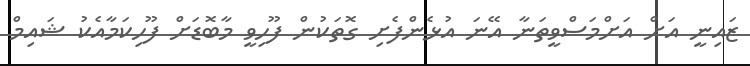
ޒައިނީ އަށް އަށްމަސްވީތަނާ އޭނަ އުޅެންފެށި ގޮތަކުން ފޫހިވީ މާބޮޑަށް ފޫހިކަމާއެކު ޝައިމް